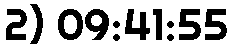
2) 09:41:55